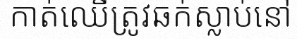
កាត់ឈើត្រូវឆក់ស្លាប់នៅ